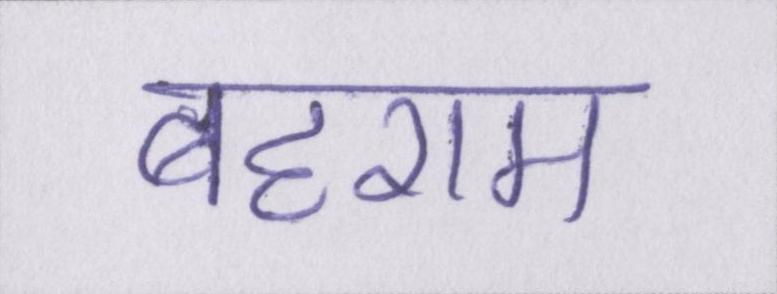
बहराम